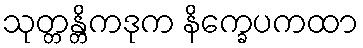
သုတ္တန္တိကဒုက နိက္ခေပကထာ